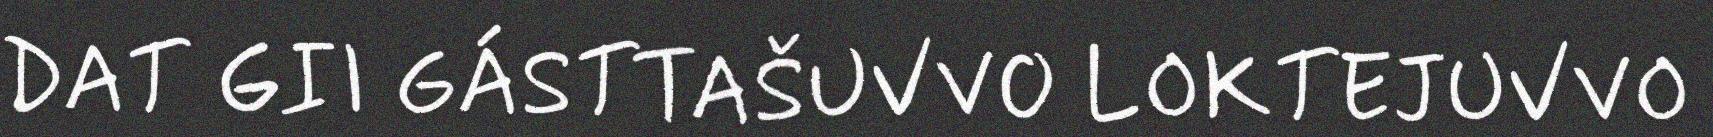
DAT GII GÁSTTAŠUVVO LOKTEJUVVO